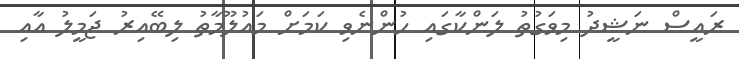
ރައީސް ނަޝީދު މިވަގުތު ލަންކާގައި ހުންނެވި ކަމަށް މައުލޫމާތު ލިބޭއިރު ޖަމީލު އާއި